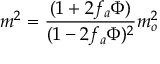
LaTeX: m ^ { 2 } = \frac { ( 1 + 2 f _ { a } \Phi ) } { ( 1 - 2 f _ { a } \Phi ) ^ { 2 } } m _ { o } ^ { 2 }